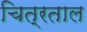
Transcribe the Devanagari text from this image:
चित्रताल